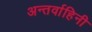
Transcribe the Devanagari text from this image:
अन्तर्वाहिनी